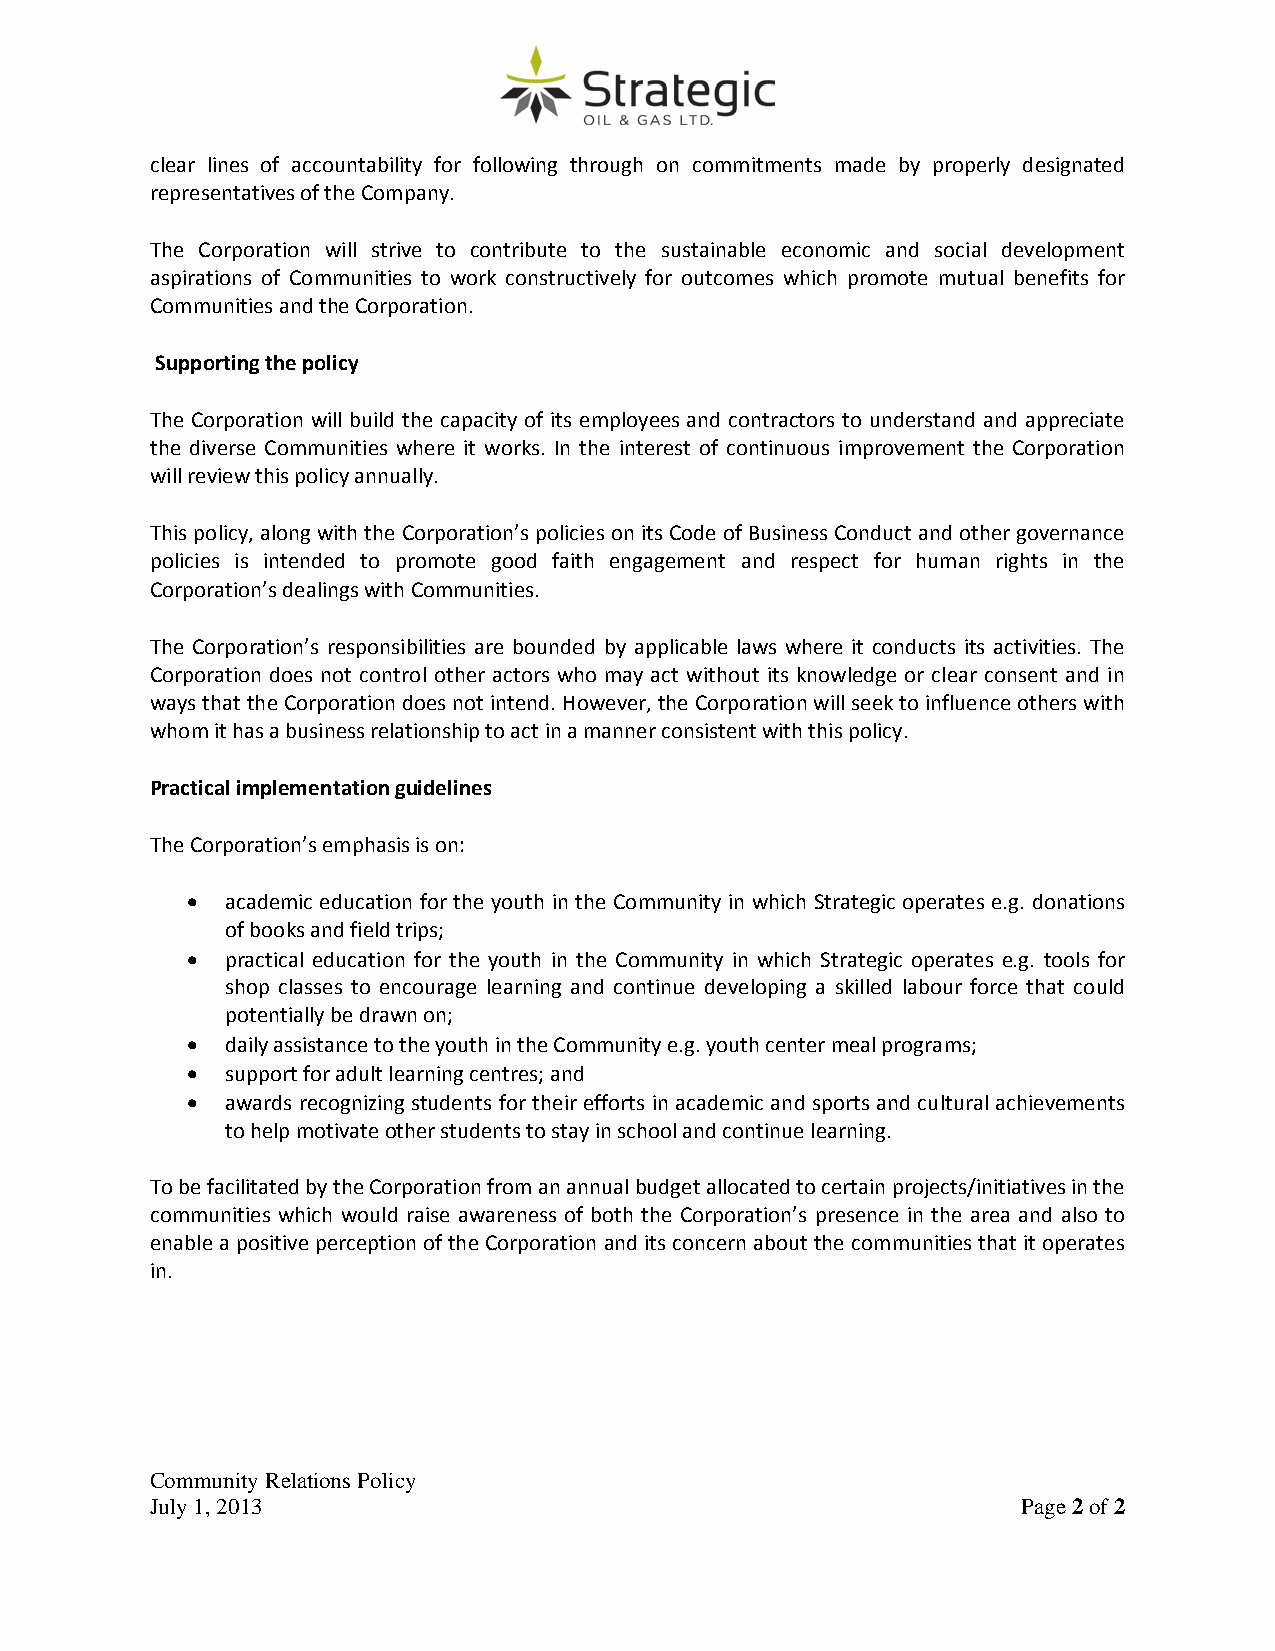
clear lines of accountability for following through on commitments made by properly designated
 representatives of the Company.
 The Corporation will strive to contribute to the sustainable economic and social development
 aspirations of Communities to work constructively for outcomes which promote mutual benefits for
 Communities and the Corporation.
 Supporting the policy
 The Corporation will build the capacity of its employees and contractors to understand and appreciate
 the diverse Communities where it works. In the interest of continuous improvement the Corporation
 will review this policy annually.
 This policy, along with the Corporation’s policies on its Code of Business Conduct and other governance
 policies is intended to promote good faith engagement and respect for human rights in the
 Corporation’s dealings with Communities.
 The Corporation’s responsibilities are bounded by applicable laws where it conducts its activities. The
 Corporation does not control other actors who may act without its knowledge or clear consent and in
 ways that the Corporation does not intend. However, the Corporation will seek to influence others with
 whom it has a business relationship to act in a manner consistent with this policy.
 Practical implementation guidelines
 The Corporation’s emphasis is on:
 •  academic education for the youth in the Community in which Strategic operates e.g. donations
 of books and field trips;
 •  practical education for the youth in the Community in which Strategic operates e.g. tools for
 shop classes to encourage learning and continue developing a skilled labour force that could
 potentially be drawn on;
 •  daily assistance to the youth in the Community e.g. youth center meal programs;
 •  support for adult learning centres; and
 •  awards recognizing students for their efforts in academic and sports and cultural achievements
 to help motivate other students to stay in school and continue learning.
 To be facilitated by the Corporation from an annual budget allocated to certain projects/initiatives in the
 communities which would raise awareness of both the Corporation’s presence in the area and also to
 enable a positive perception of the Corporation and its concern about the communities that it operates
 in.
 Community Relations Policy
 July 1, 2013                                              Page 2 of 2